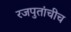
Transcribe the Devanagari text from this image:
रजपुतांचीच